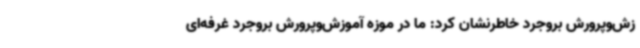
زش‌وپرورش بروجرد خاطرنشان کرد: ما در موزه آموزش‌وپرورش بروجرد غرفه‌ای